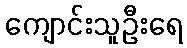
ကျောင်းသူဦးရေ